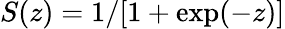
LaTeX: S(z)=1/[1+\exp(-z)]